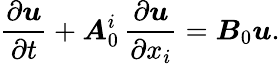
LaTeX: \frac{\partial{\boldsymbol{u}}}{\partial t}+{\boldsymbol{A}}_{0}^{i}\, \frac{\partial{\boldsymbol{u}}}{\partial x_{i}}={\boldsymbol{B}}_{0}{\boldsymbol{u}}.